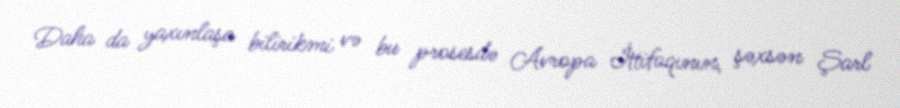
Daha da yaxınlaşa bilirikmi və bu prosesdə Avropa İttifaqının, şəxsən Şarl